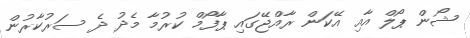
ޝޯން ޕޯލް އާއި އޭކަން ރާއްޖޭގައި ޕާފޯމް ކުރުމާ މެދު ދެ ސަރުކާރުން